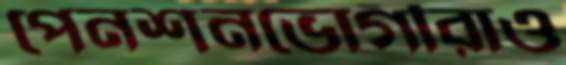
পেনশনভোগীরাও